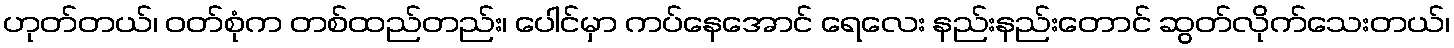
ဟုတ်တယ်၊ ဝတ်စုံက တစ်ထည်တည်း၊ ပေါင်မှာ ကပ်နေအောင် ရေလေး နည်းနည်းတောင် ဆွတ်လိုက်သေးတယ်၊